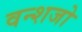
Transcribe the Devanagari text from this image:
वन्शजो